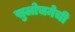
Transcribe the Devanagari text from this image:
सुलोचनेची